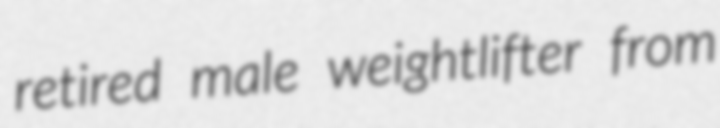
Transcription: retired male weightlifter from